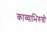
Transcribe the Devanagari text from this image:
काव्याभिरुची